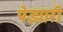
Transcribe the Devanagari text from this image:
पेझारी